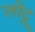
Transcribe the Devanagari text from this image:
लोटू